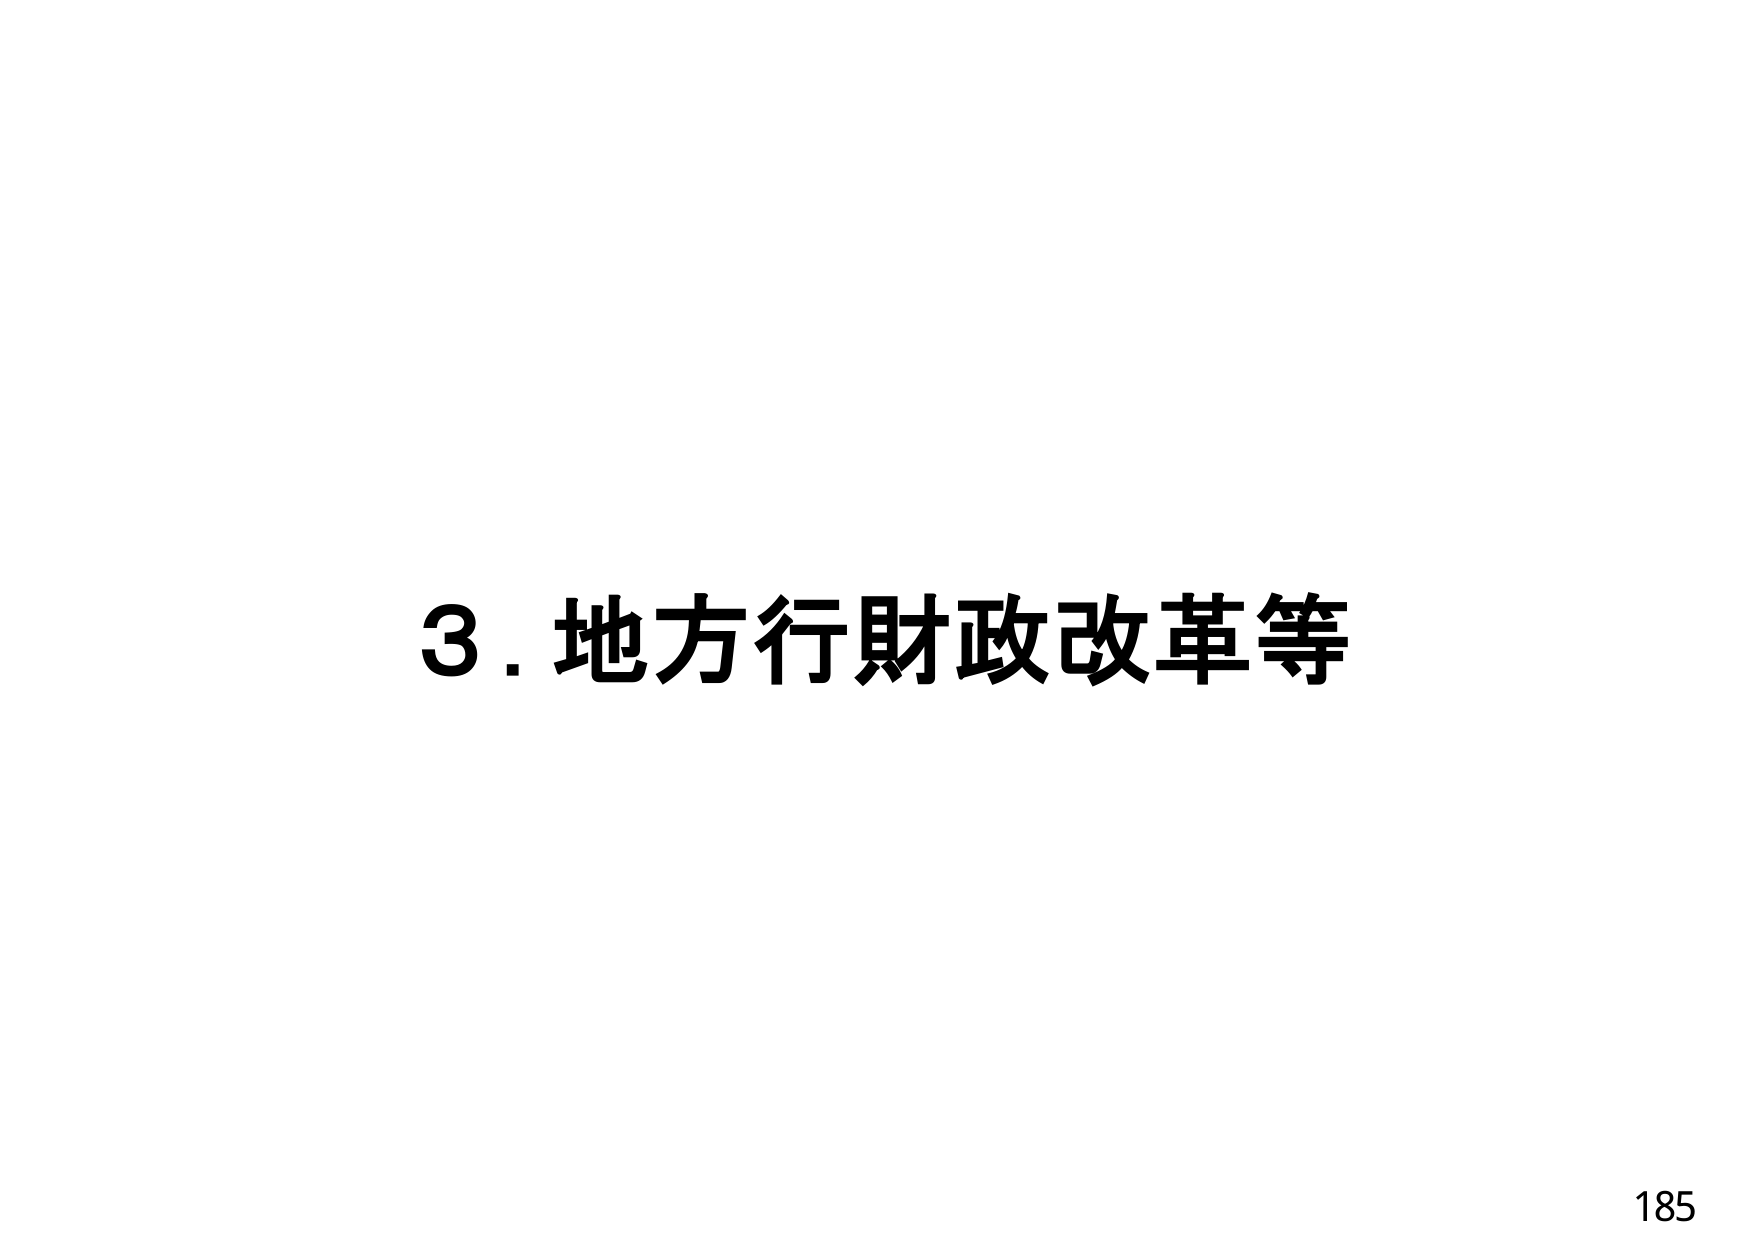
3. 地方行財政改革等
185